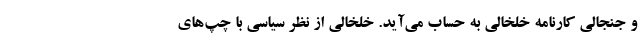
و جنجالی کارنامه خلخالی به حساب می‌آید. خلخالی از نظر سیاسی با چپ‌های